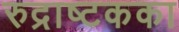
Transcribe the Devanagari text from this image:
रुद्राष्टकका